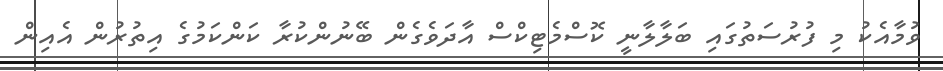
ވުމާއެކު މި ފުރުސަތުގައި ބަލާލާނީ ކޮސްމެޓިކްސް އާދަވެގެން ބޭނުންކުރާ ކަންކަމުގެ އިތުރުން އެއިން